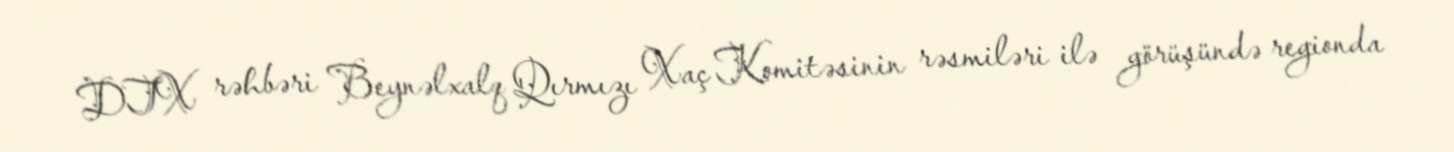
DTX rəhbəri Beynəlxalq Qırmızı Xaç Komitəsinin rəsmiləri ilə görüşündə regionda